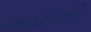
અડદની